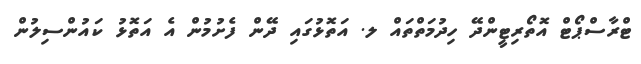
ޓްރާސްޕޯޓް އޮތޯރިޓީންދޭ ހިދުމަތްތައް ލ. އަތޮޅުގައި ދޭން ފެށުމުން އެ އަތޮޅު ކައުންސިލުން